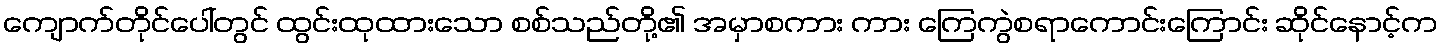
ကျောက်တိုင်ပေါ်တွင် ထွင်းထုထားသော စစ်သည်တို့၏ အမှာစကား ကား ကြေကွဲစရာကောင်းကြောင်း ဆိုင်နောင့်က